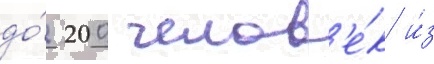
до́ 200 челов'е́к и́з